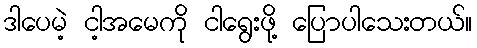
ဒါပေမဲ့ ငါ့အမေကို ငါရွေးဖို့ ပြောပါသေးတယ်။